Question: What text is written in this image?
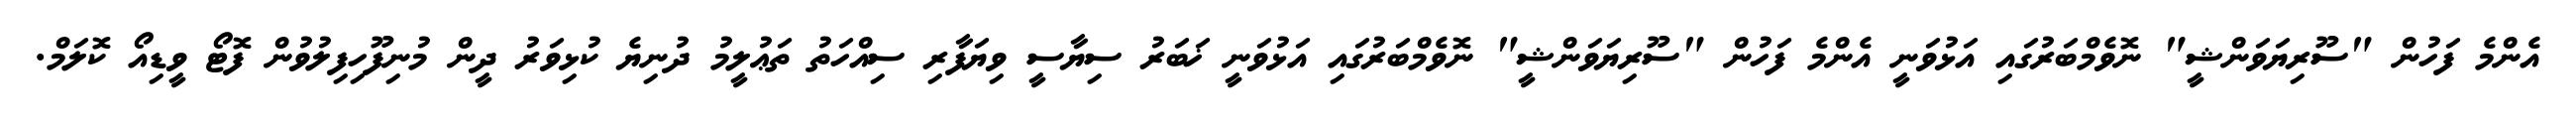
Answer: އެންމެ ފަހުން "ސޫރިޔަވަންޝީ" ނޮވެމްބަރުގައި އަޅުވަނީ އެންމެ ފަހުން "ސޫރިޔަވަންޝީ" ނޮވެމްބަރުގައި އަޅުވަނީ ޚަބަރު ސިޔާސީ ވިޔަފާރި ސިއްހަތު ތަޢުލީމު ދުނިޔެ ކުޅިވަރު ދީން މުނިފޫހިފިލުވުން ފޮޓޯ ވީޑިއޯ ކޮލަމް.